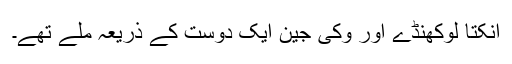
انکتا لوکھنڈے اور وکی جین ایک دوست کے ذریعہ ملے تھے۔